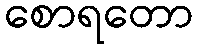
စောရတော